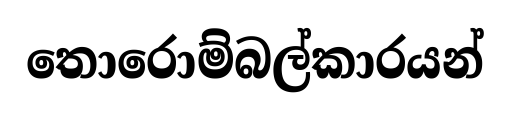
තොරොම්බල්කාරයන්